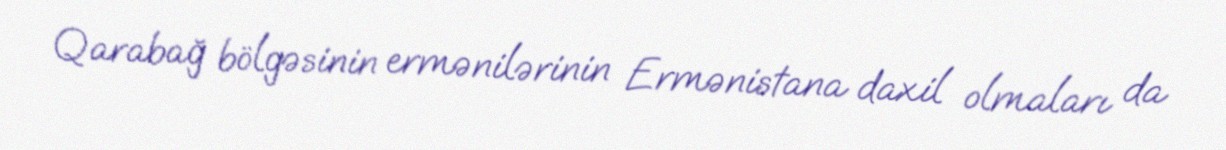
Qarabağ bölgəsinin ermənilərinin Ermənistana daxil olmaları da